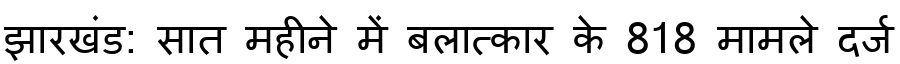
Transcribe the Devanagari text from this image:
झारखंड: सात महीने में बलात्कार के 818 मामले दर्ज